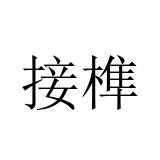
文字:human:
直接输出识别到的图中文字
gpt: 接榫